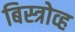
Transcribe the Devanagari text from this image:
बिस्त्रोव्ह